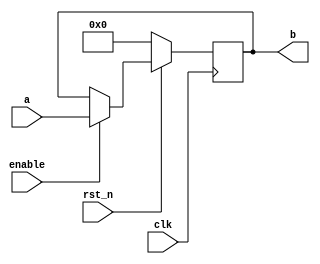
module registerNbit(
input wire clk,
input wire rst_n,
input wire enable,
input wire [N - 1:0] a,
output reg [N - 1:0] b
);

parameter [31:0] N = 32;




  always @(posedge clk) begin
    if((rst_n == 1'b0)) begin
      b <= {(((N - 1))-((0))+1){1'b0}};
    end
    else if((enable == 1'b1)) begin
      b <= a;
    end
  end


endmodule